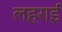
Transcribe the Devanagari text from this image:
लहराई